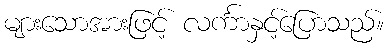
များသောအားဖြင့် လင်္ကာနှင့်ပြောသည်။